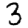
Digit: 3